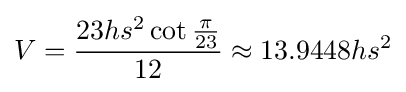
V={\frac {23hs^{2}\cot {\frac {\pi }{23}}}{12}}\approx 13.9448hs^{2}